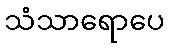
သံသာရောပေ